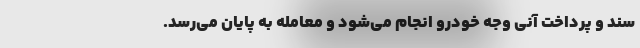
سند و پرداخت آنی وجه خودرو انجام می‌شود و معامله به پایان می‌رسد.